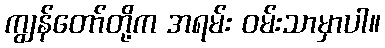
ကျွန်တော်တို့က အရမ်း ဝမ်းသာမှာပါ။